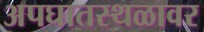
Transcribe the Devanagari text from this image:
अपघातस्थळावर